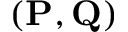
( \mathbf { { P } } , \mathbf { { Q } } )